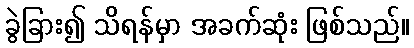
ခွဲခြား၍ သိရန်မှာ အခက်ဆုံး ဖြစ်သည်။